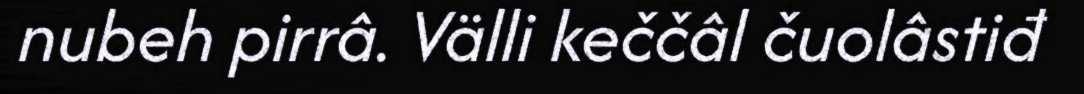
nubeh pirrâ. Välli keččâl čuolâstiđ